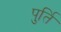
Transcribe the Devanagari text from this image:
पुर्ति